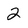
Character: 2